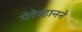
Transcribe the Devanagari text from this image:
येरेव्हानने